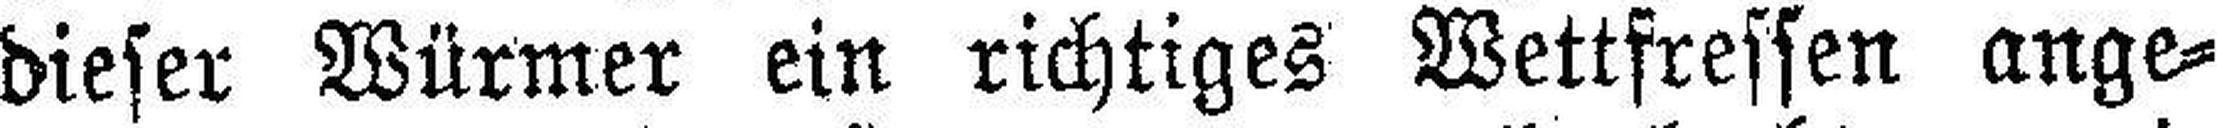
dieser Würmer ein richtiges Wettfressen ange¬